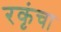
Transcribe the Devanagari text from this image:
रकृंचा